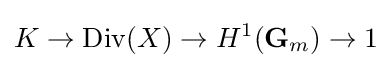
K\to \operatorname {Div} (X)\to H^{1}(\mathbf {G} _{m})\to 1